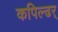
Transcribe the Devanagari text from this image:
कपिल्ढर्